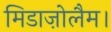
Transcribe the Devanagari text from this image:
मिडाज़ोलैम।